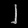
Digit: ၂